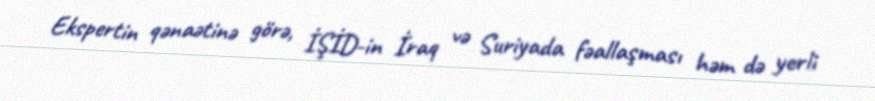
Ekspertin qənaətinə görə, İŞİD-in İraq və Suriyada fəallaşması həm də yerli